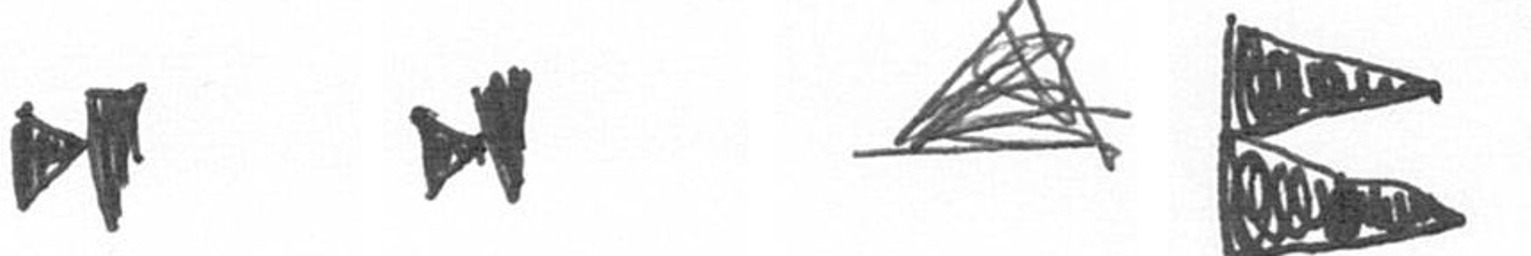
M M O P